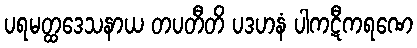
ပရမတ္ထဒေသနာယ တပတီတိ ပဒဟနံ ပါကဋီကရဏေ